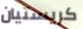
كريستيان